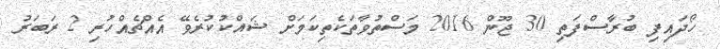
ހޯދައިފި ބުރާސްފަތި 30 ޖޫން 2016 މަސްތުވާތަކެތިކަމަށް ޝައްކުކުރެވޭ އެއްޗެއްހުރި 2 ރަބަރު